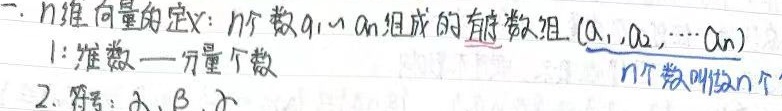
一. \(n\)维向量的定义：\(n\)个数\(a_1,\cdots,a_n\)组成的有序数组\((a_1,a_2,\cdots,a_n)\)。
1. 维数——分量个数。
2. 符号：\(\alpha,\beta,\gamma\) 。\(n\)个数叫做\(n\)个分量。